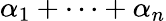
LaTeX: \alpha_{1}+\cdots+\alpha_{n}